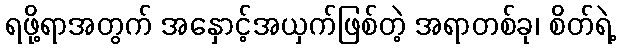
ရဖို့ရာအတွက် အနှောင့်အယှက်ဖြစ်တဲ့ အရာတစ်ခု၊ စိတ်ရဲ့